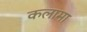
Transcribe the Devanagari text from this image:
कलामा